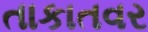
તાકાતવર